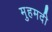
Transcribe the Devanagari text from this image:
मुहमदी